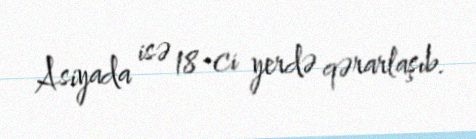
Asiyada isə 18-ci yerdə qərarlaşıb.